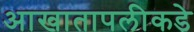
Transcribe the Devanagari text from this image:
आखातापलीकडे